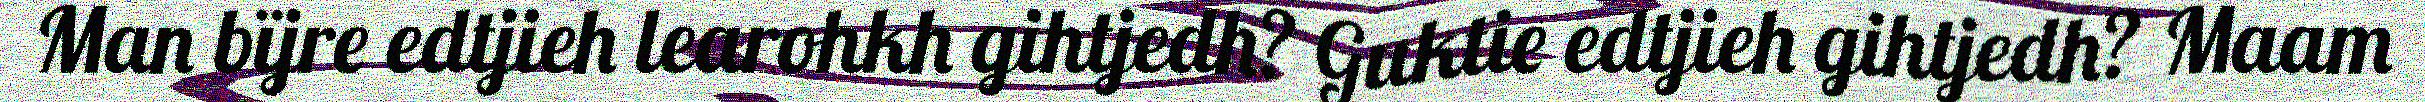
Man bïjre edtjieh learohkh gihtjedh? Guktie edtjieh gihtjedh? Maam